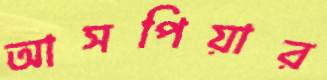
আসপিয়ার